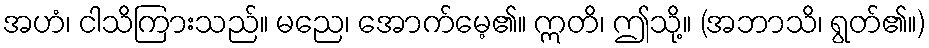
အဟံ၊ ငါသိကြားသည်။ မညေ၊ အောက်မေ့၏။ ဣတိ၊ ဤသို့။ (အဘာသိ၊ ရွတ်၏။)